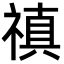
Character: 禛